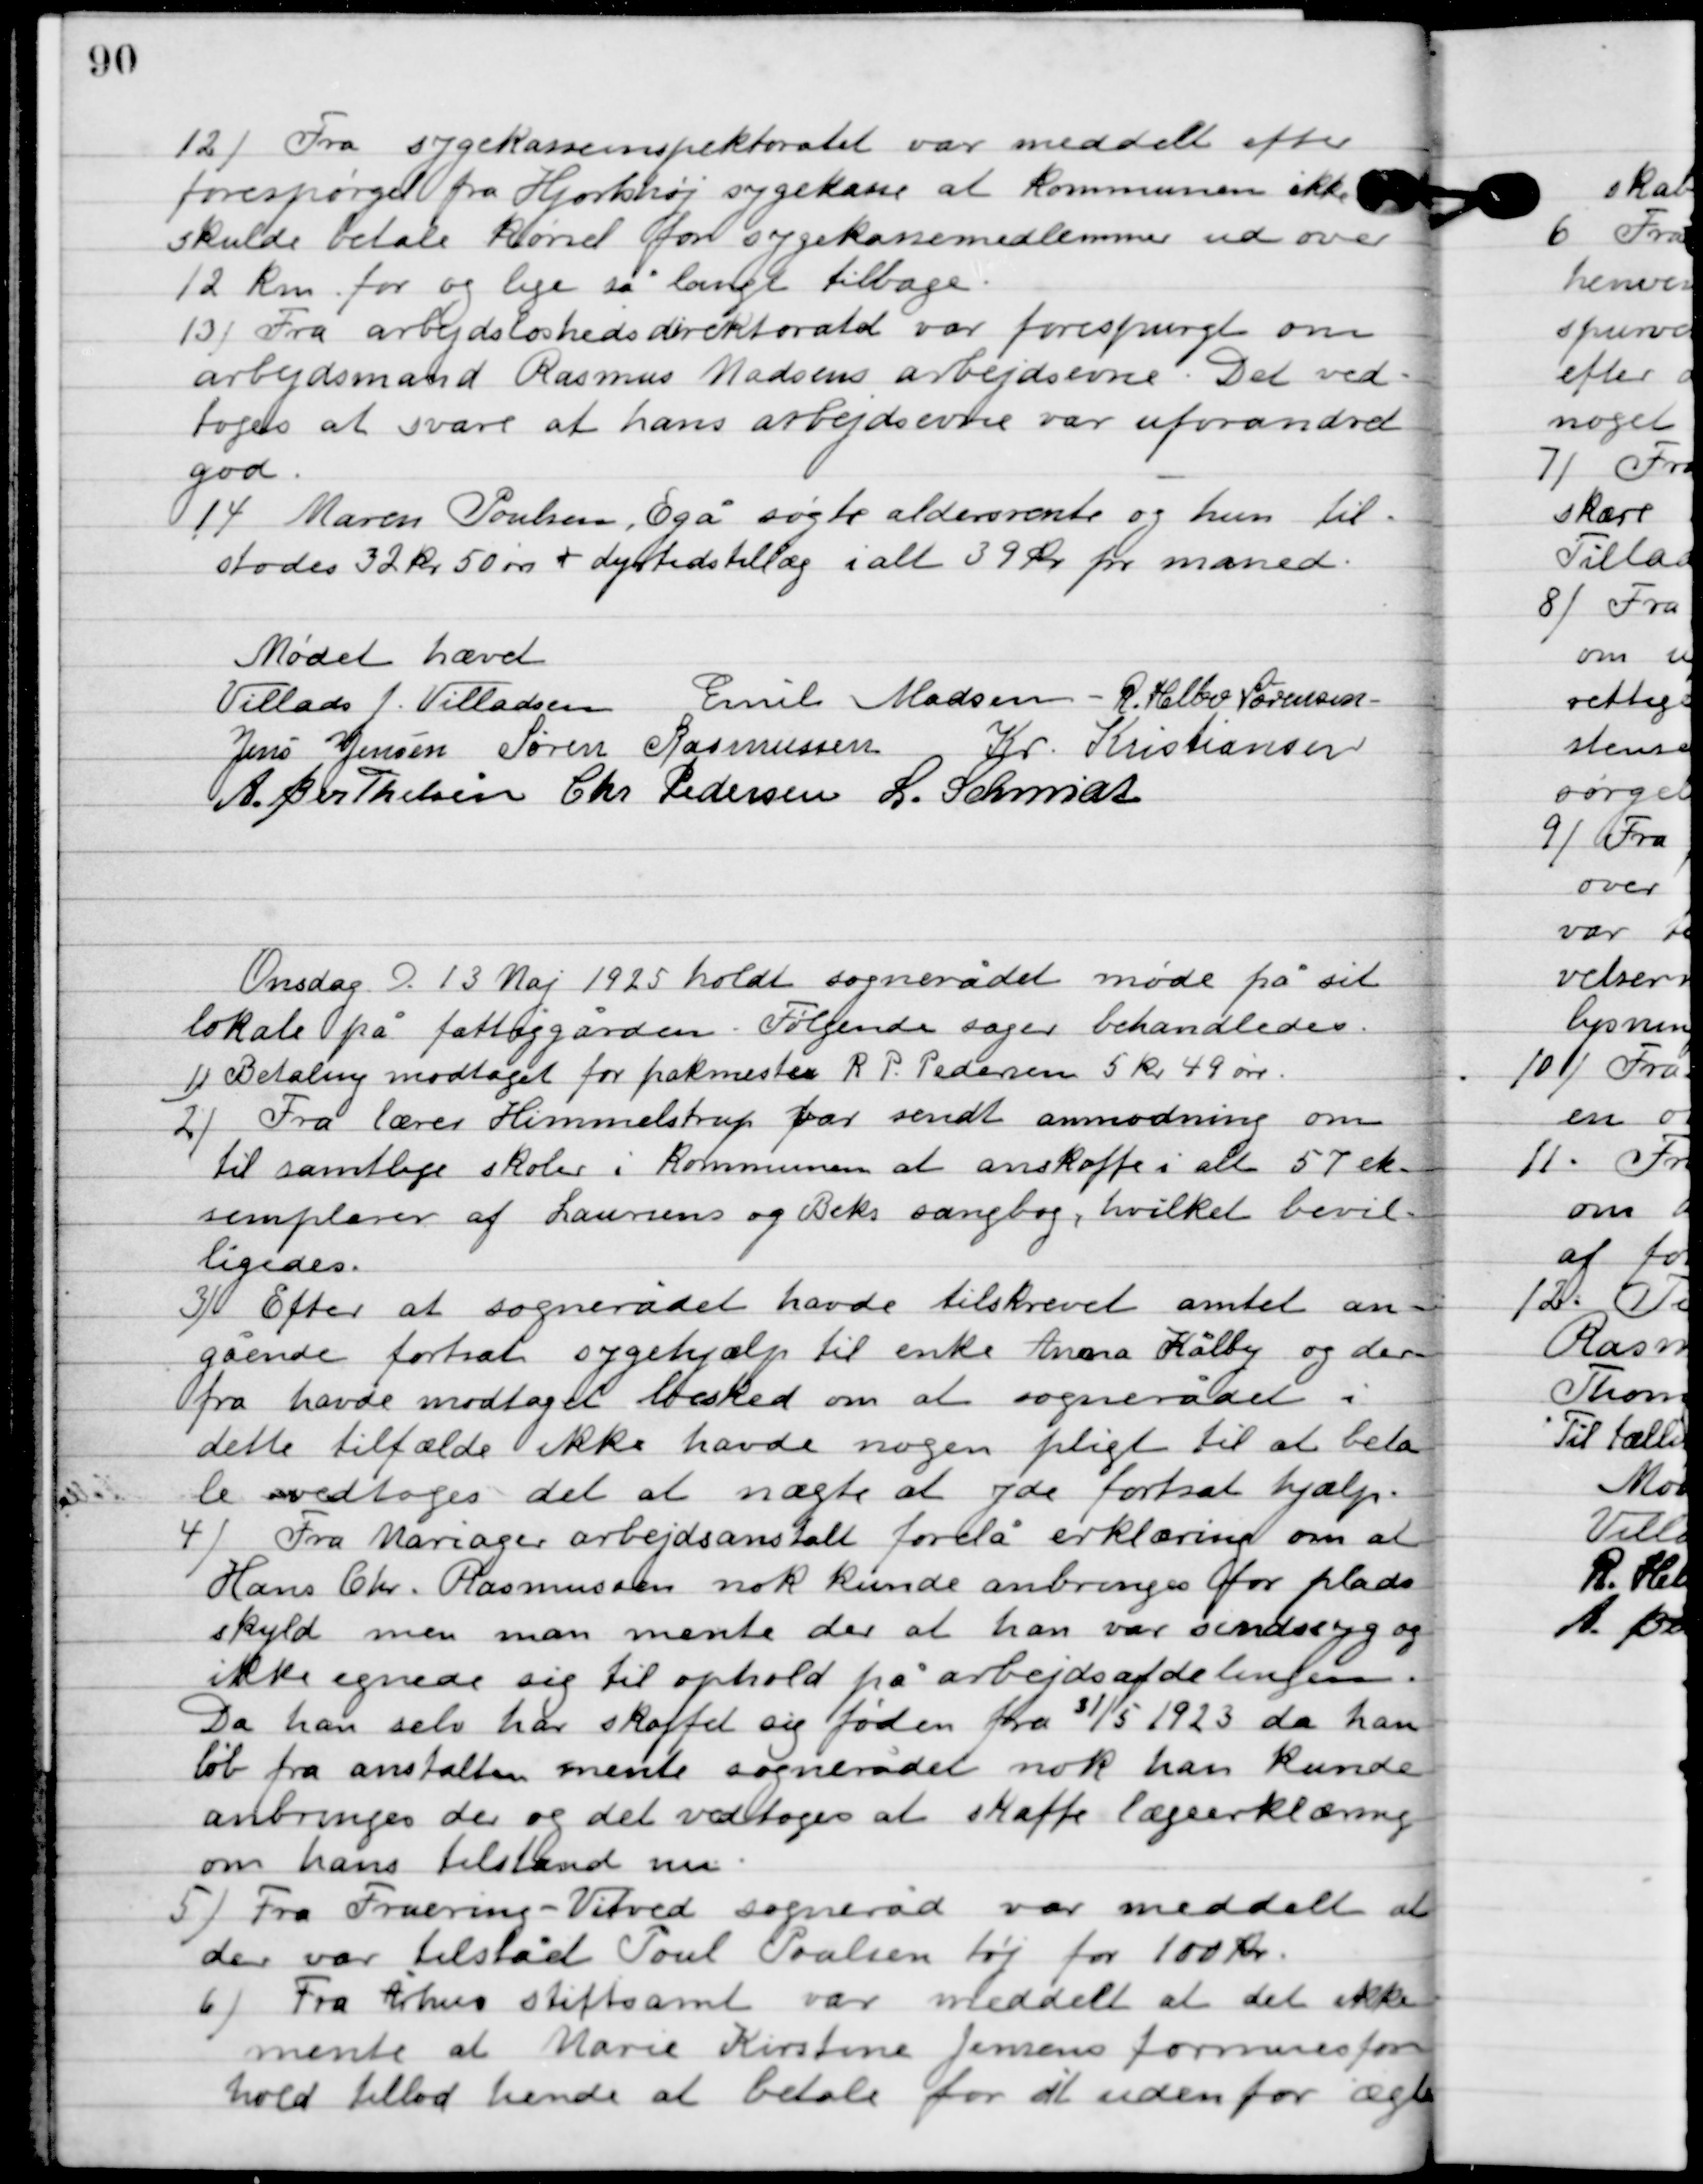
Transskription:
12

Fra sygekasseinspektoratet var meddelt efter
forespørgsel fra Hjorthøj sygekasse at kommunen ikke
skulde betale kørsel for sygekassemedlemmer ud over
12 kr. for og lige så langt tilbage.

13

Fra arbejdsløshedsdirektoratet var forespurgt om
arbejdsmand Rasmus Madsens arbejdsevne. Det ved-
toges at svare at hans arbejdsevne var uforandret
god.

14

Maren Poulsen, Egå søgte aldersrente og hun til-
stodes 32 kr. 50 øre + dyrtidstillæg i alt 39 kr. pr. måned.

Mødet hævet.

Villads J. Villadsen
Emil Madsen
R. Helbo Sørensen
Jens Jensen
Søren Rasmussen
Kr. Kristiansen
A. Berthelsen
Chr. Pedersen
L. Schmidt

Onsdag D. 13. Maj 1925 holdt sognerådet møde på sit
 lokale på fattiggården. Følgende sager behandledes.

1

Betaling modtoges for pakmester R. P. Pederen 5 kr. 49 øre.

2

Fra lærer Himmelstrup var sendt anmodning om
til samtlige skoler i kommunen at anskaffe i alt 57 ek-
semplarer af Laursens og Beks sangbog, hvilket bevil-
ligedes.

3

Efter at sognerådet havde tilskrevet amtet an-
gående fortsat sygehjælp til enke Anna Kålby og der
fra havde modtaget besked om at sognerådet i
dette tilfælde ikke havde nogen pligt til at beta-
le vedtoges det at nægte at yde fortsat hjælp.

4

Fra Mariager arbejdsanstalt forelå erklæring om at
Hans Chr. Rasmussen nok kunde anbringes for plads-
skyld men man mente der at han var sindssyg og
ikke egnedes sig til ophold på arbejdsdelingen.
Da han selv har skaffet sig føden fra 31/5 1923 da han
løb fra anstalten mente sognerådet nok han kunde
anbringes der og det vedtoges at skaffe lægeerklæring
om hans tilstand nu.

5

Fra Fruering-Vitved sogneråd var meddelt at
der var tilsået Poul Poulsen tøj for 100 kr.

6

Fra Århus stiftsamt var meddelt at det ikke
mente at Marie Kirstine Jensens formuefor-
hold tillod hende at betale for at uden for ægte-